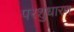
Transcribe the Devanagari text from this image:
परशुधारण